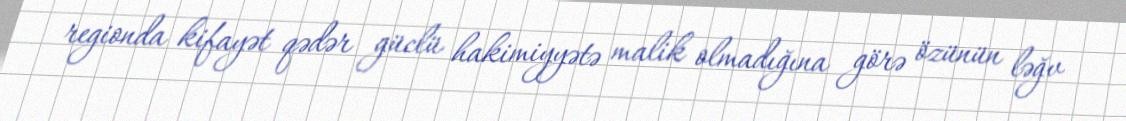
regionda kifayət qədər güclü hakimiyyətə malik olmadığına görə özünün ləğv